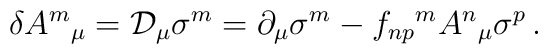
\delta A^{m}{}_{\mu}= {\cal D}_{\mu}\sigma^{m}= \partial_{\mu}\sigma^{m}-f_{np}{}^{m}A^{n}{}_{\mu}\sigma^{p}\, .